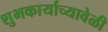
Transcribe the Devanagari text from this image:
शुभकार्याच्यावेळी